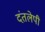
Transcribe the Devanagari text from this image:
दंतलेपी